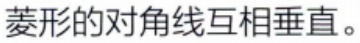
菱形的对角线互相垂直。